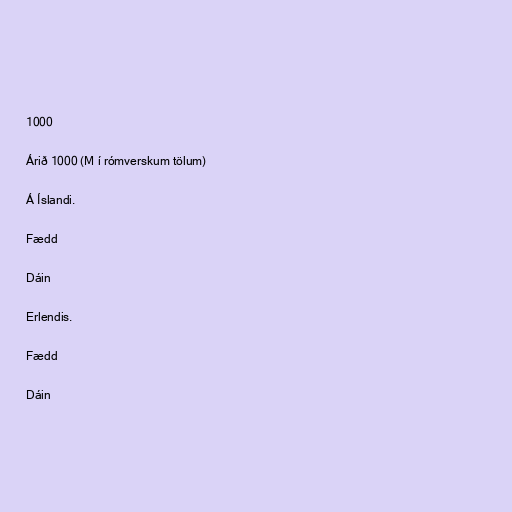
1000

Árið 1000 (M í rómverskum tölum)

Á Íslandi.

Fædd

Dáin

Erlendis.

Fædd

Dáin